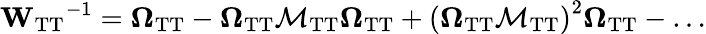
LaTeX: \mathbf{W_{\mathrm{TT}}}^{-1}=\mathbf{\Omega_{\mathrm{TT}}}-\mathbf{\Omega_{\mathrm{TT}}}\mathbf{\mathcal{M}_{\mathrm{TT}}}\mathbf{\Omega_{\mathrm{TT}}}+\left(\mathbf{\Omega_{\mathrm{TT}}}\mathbf{\mathcal{M}_{\mathrm{TT}}}\right)^{2}\mathbf{\Omega_{\mathrm{TT}}}-\dots